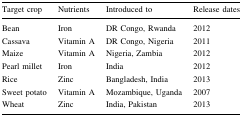
<table><thead><tr><td><b>Target crop</b></td><td><b>Nutrients</b></td><td><b>Introduced to</b></td><td><b>Release dates</b></td></tr></thead><tbody><tr><td>Bean</td><td>Iron</td><td>DR Congo, Rwanda</td><td>2012</td></tr><tr><td>Cassava</td><td>Vitamin A</td><td>DR Congo, Nigeria</td><td>2011</td></tr><tr><td>Maize</td><td>Vitamin A</td><td>Nigeria, Zambia</td><td>2012</td></tr><tr><td>Pearl millet</td><td>Iron</td><td>India</td><td>2012</td></tr><tr><td>Rice</td><td>Zinc</td><td>Bangladesh, India</td><td>2013</td></tr><tr><td>Sweet potato</td><td>Vitamin A</td><td>Mozambique, Uganda</td><td>2007</td></tr><tr><td>Wheat</td><td>Zinc</td><td>India, Pakistan</td><td>2013</td></tr></tbody></table>